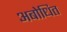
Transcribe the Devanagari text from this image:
अबोधित